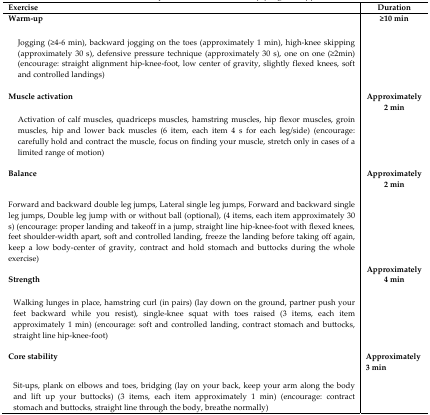
<table><thead><tr><td><b>Exercise</b></td><td><b>Duration</b></td></tr></thead><tbody><tr><td><b>Warm-up</b></td><td rowspan="2"><b>≥10 min</b></td></tr><tr><td>Jogging (≥4–6 min), backward jogging on the toes (approximately 1 min), high-knee skipping (approximately 30 s), defensive pressure technique (approximately 30 s), one on one (≥2min) (encourage: straight alignment hip-knee-foot, low center of gravity, slightly flexed knees, soft and controlled landings)</td></tr><tr><td><b>Muscle activation</b></td><td rowspan="2"><b>Approximately 2 min</b></td></tr><tr><td>Activation of calf muscles, quadriceps muscles, hamstring muscles, hip flexor muscles, groin muscles, hip and lower back muscles (6 item, each item 4 s for each leg/side) (encourage: carefully hold and contract the muscle, focus on finding your muscle, stretch only in cases of a limited range of motion)</td></tr><tr><td><b>Balance</b></td><td rowspan="2"><b>Approximately 2 min</b></td></tr><tr><td>Forward and backward double leg jumps, Lateral single leg jumps, Forward and backward single leg jumps, Double leg jump with or without ball (optional), (4 items, each item approximately 30 s) (encourage: proper landing and takeoff in a jump, straight line hip-knee-foot with flexed knees, feet shoulder-width apart, soft and controlled landing, freeze the landing before taking off again, keep a low body-center of gravity, contract and hold stomach and buttocks during the whole exercise)</td></tr><tr><td><b>Strength</b></td><td rowspan="2"><b>Approximately 4 min</b></td></tr><tr><td>Walking lunges in place, hamstring curl (in pairs) (lay down on the ground, partner push your feet backward while you resist), single-knee squat with toes raised (3 items, each item approximately 1 min) (encourage: soft and controlled landing, contract stomach and buttocks, straight line hip-knee-foot)</td></tr><tr><td><b>Core stability</b></td><td rowspan="2"><b>Approximately 3 min</b></td></tr><tr><td>Sit-ups, plank on elbows and toes, bridging (lay on your back, keep your arm along the body and lift up your buttocks) (3 items, each item approximately 1 min) (encourage: contract stomach and buttocks, straight line through the body, breathe normally)</td></tr></tbody></table>